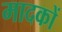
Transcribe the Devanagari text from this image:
मादकों